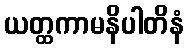
ယတ္ထကာမနိပါတိနံ